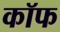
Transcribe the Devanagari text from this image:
कॉफ